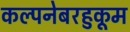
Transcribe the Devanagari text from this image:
कल्पनेबरहुकूम